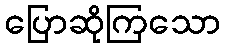
ပြောဆိုကြသော